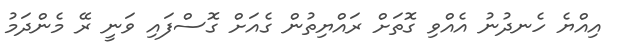
އިއްޔެ ހެނދުނު އެއްވި ގޮތަށް ރައްޔިތުން ގެއަށް ގޮސްފައި ވަނީ ރޭ މެންދަމު